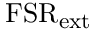
\mathrm { F S R _ { \mathrm { e x t } } }